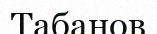
Табанов